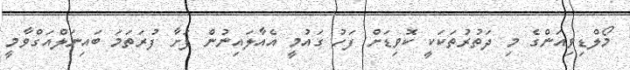
މޯލްޑިވިއަންގެ މި ދަތުރުތަކަކީ ކޮވިޑަށް ފަހު ގައުމީ އެއާލައިނުން ފަށާ ފުރަތަމަ ބައިނަލްއަގްވާމީ